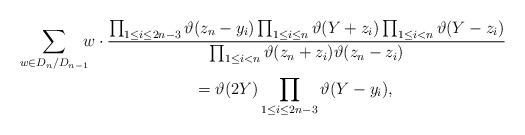
LaTeX: \begin{gather*} \sum_{w\in D_n/D_{n-1}}\!\!\! w\cdot \frac{\prod_{1\le i\le 2n-3} \vartheta(z_n-y_i) \prod_{1\le i\le n} \vartheta(Y+z_i) \prod_{1\le i<n} \vartheta(Y-z_i)} {\prod_{1\le i<n} \vartheta(z_n+z_i)\vartheta(z_n-z_i)} \\ \hphantom{\sum_{w\in D_n/D_{n-1}}\!\!\!} {}= \vartheta(2Y) \prod_{1\le i\le 2n-3} \vartheta(Y-y_i), \end{gather*}